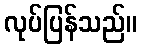
လုပ်ပြန်သည်။